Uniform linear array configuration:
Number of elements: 4
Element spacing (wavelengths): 0.5
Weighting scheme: cosine
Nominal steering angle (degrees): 15
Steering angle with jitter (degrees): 15.487
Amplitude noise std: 0.05
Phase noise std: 0.05

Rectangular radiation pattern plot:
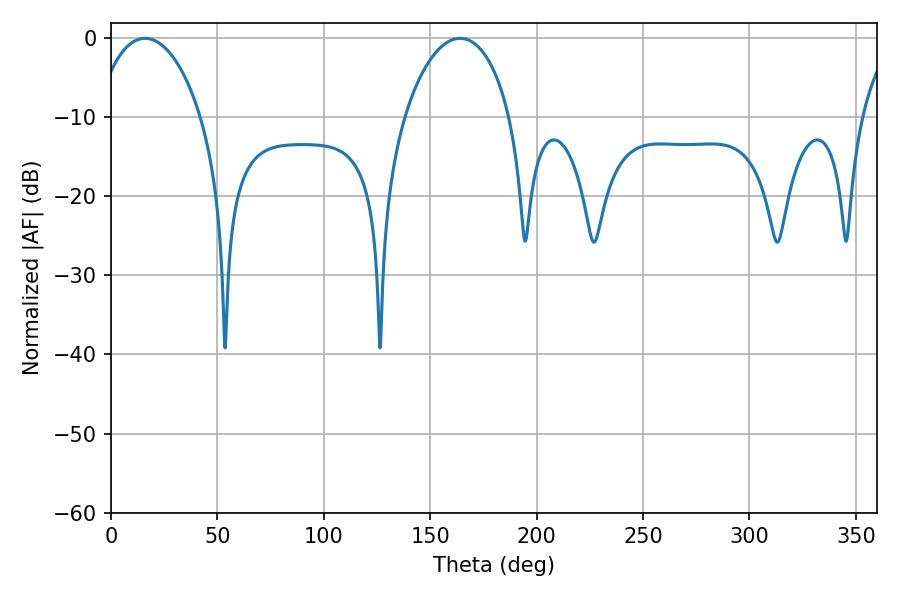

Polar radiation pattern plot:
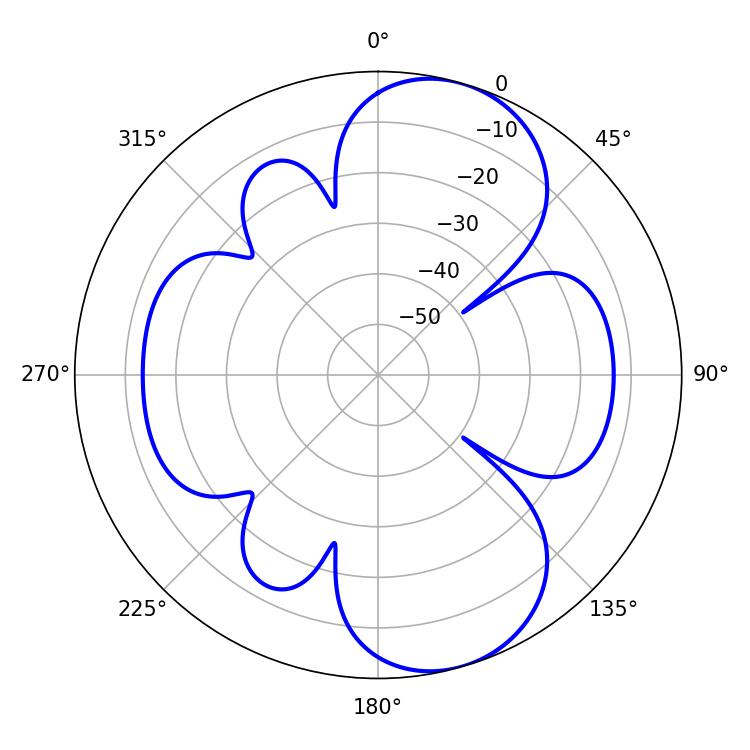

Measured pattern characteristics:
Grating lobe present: FALSE
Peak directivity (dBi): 8.729
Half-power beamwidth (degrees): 28.26
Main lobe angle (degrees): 16.02